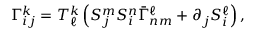
\Gamma _ { i j } ^ { k } = T _ { \ell } ^ { k } \left( S _ { j } ^ { m } S _ { i } ^ { n } \bar { \Gamma } _ { n m } ^ { \ell } + \partial _ { j } S _ { i } ^ { \ell } \right) ,